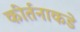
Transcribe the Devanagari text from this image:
कीर्तनाकडे